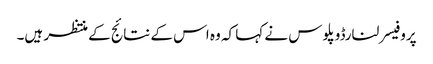
پروفیسر لنارڈوپلوس نے کہا کہ وہ اس کے نتائج کے منتظر ہیں۔